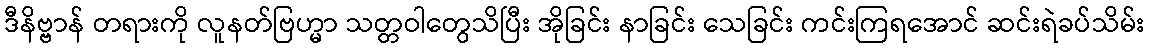
ဒီနိဗ္ဗာန် တရားကို လူနတ်ဗြဟ္မာ သတ္တဝါတွေသိပြီး အိုခြင်း နာခြင်း သေခြင်း ကင်းကြရအောင် ဆင်းရဲခပ်သိမ်း